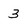
Character: 3